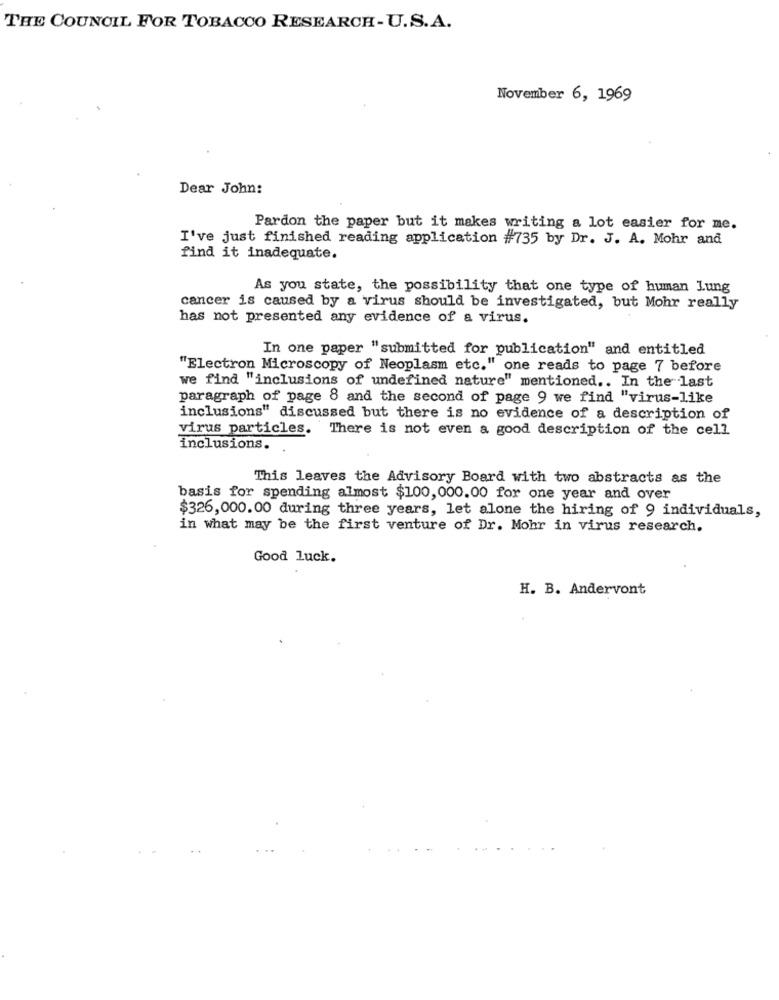
THE COUNCIL FOR TOBACCO RESEARCH-U.S.A.
November 6, 1969
Dear John:
Pardon the paper but it makes writing a lot easier for me.
I've just finished reading application #735 by Dr. J. A. Mohr and
find it inadequate.
As you state, the possibility that one type of human Lung
cancer is caused by a virus should be investigated, but Mohr really
has not presented any evidence of a virus.
In one paper "submitted for publication" and entitled
"Electron Microscopy of Neoplasm etc." one reads to page 7 before
we find "inclusions of undefined nature" mentioned .. In the last
paragraph of page 8 and the second of page 9 we find "virus-like
inclusions" discussed but there is no evidence of a description of
virus particles. There is not even a good description of the cell
inclusions.
This leaves the Advisory Board with two abstracts as the
basis for spending almost $100, 000.00 for one year and over
$326,000.00 during three years, let alone the hiring of 9 individuals,
in what may be the first venture of Dr. Mohr in virus research.
Good luck.
H. B. Andervont